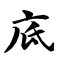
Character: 底